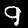
Digit: 9